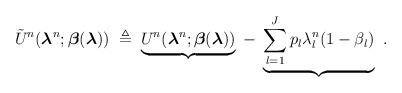
\begin{align*}\tilde U^n({\boldsymbol \lambda}^{n};{\boldsymbol \beta}({\boldsymbol \lambda}))\;\triangleq\; \underbrace{U^n({\boldsymbol \lambda}^{n};{\boldsymbol \beta}({\boldsymbol \lambda}))}_{}\;-\;\underbrace{\sum\limits_{l = 1}^J {{p_{l}}\lambda _l^{n}(1 - {\beta_l}})}_{}\ .\end{align*}